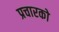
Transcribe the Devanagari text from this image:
प्रचारको